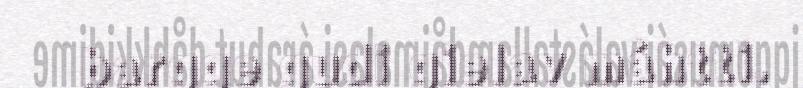
bargge gudi gielav máhtti.